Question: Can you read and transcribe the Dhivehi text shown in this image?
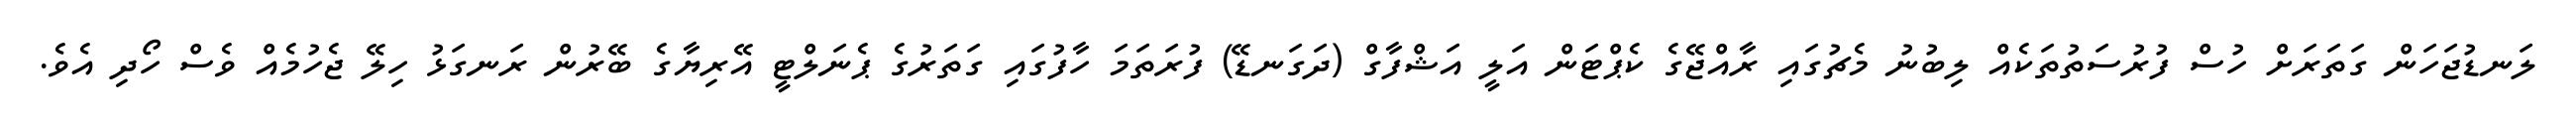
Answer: ލަނޑުޖަހަން ގަތަރަށް ހުސް ފުރުސަތުތަކެއް ލިބުނު މެޗުގައި ރާއްޖޭގެ ކެޕްޓަން އަލީ އަޝްފާގް (ދަގަނޑޭ) ފުރަތަމަ ހާފުގައި ގަތަރުގެ ޕެނަލްޓީ އޭރިޔާގެ ބޭރުން ރަނގަޅު ހިލޭ ޖެހުމެއް ވެސް ހޯދި އެވެ.